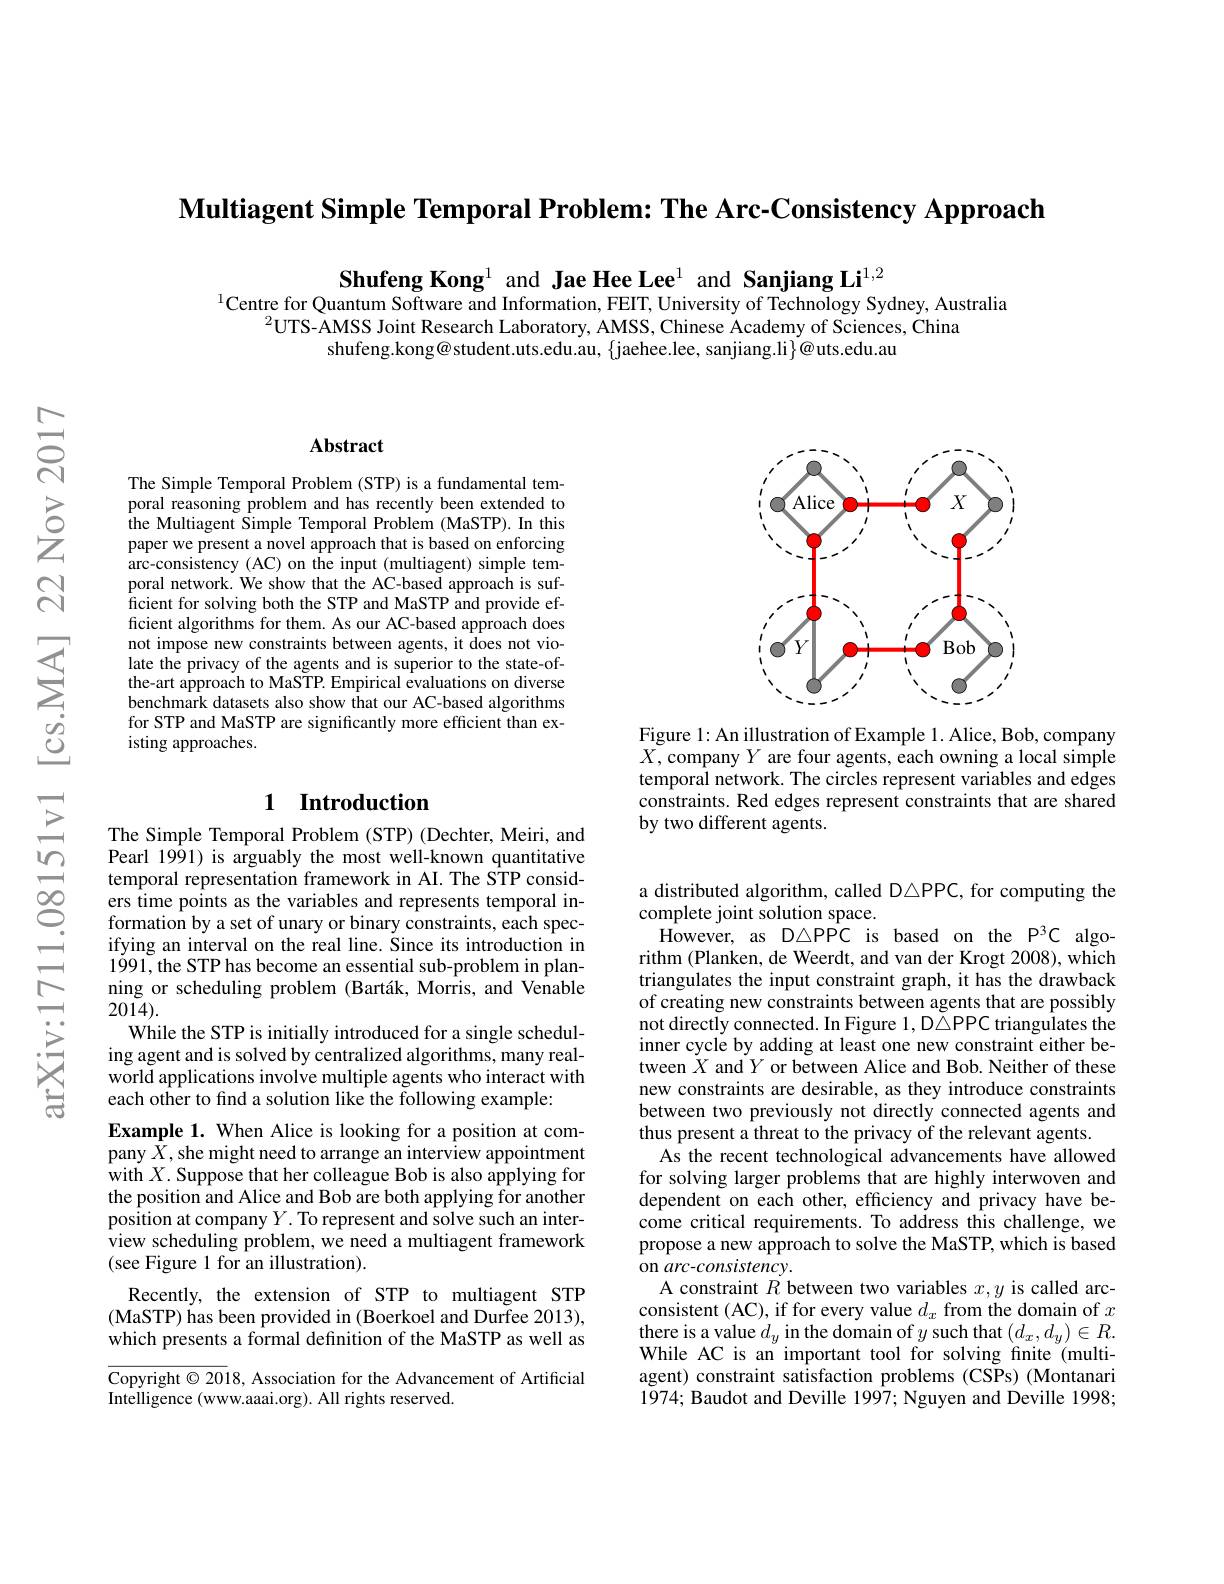
$\textbf{Multiagent Simple Temporal Problem: The Arc- Consistency Approach}$

Shufeng Kong$^{1}$ and Jae Hee Lee$^{1}$ and Sanjiang Li$^{1,2}$
$^{1}$Centre for Quantum Software and Information, FEIT, University of Technology Sydney, Australia
$^{2}$UTS-AMSS Joint Research Laboratory, AMSS, Chinese Academy of Sciences, China
shufeng.kong@ student.uts.edu.au, $\{$jaehee.lee, sanjiang.li$\}@$uts.edu.au

### $\mathbf{Abstract}$

The Simple Temporal Problem (STP) is a fundamental temporal reasoning problem and has recently been extended to the Multiagent Simple Temporal Problem (MaSTP). In this paper we present a novel approach that is based on enforcing arc-consistency (AC) on the input (multiagent) simple temporal network. We show that the AC-based approach is sufficient for solving both the STP and MaSTP and provide ef- ficient algorithms for them. As our AC-based approach does not impose new constraints between agents, it does not violate the privacy of the agents and is superior to the state-ofthe-art approach to MaSTP. Empirical evaluations on diverse benchmark datasets also show that our AC-based algorithms for STP and MaSTP are significantly more efficient than existing approaches.

## 1 Introduction

The Simple Temporal Problem (STP) (Dechter, Meiri, and Pearl 1991) is arguably the most well-known quantitative temporal representation framework in AI. The STP considers time points as the variables and represents temporal information by a set of unary or binary constraints, each specifying an interval on the real line. Since its introduction in 1991, the STP has become an essential sub-problem in planning or scheduling problem (Barták, Morris, and Venable $20\tilde{14}).$
While the STP is initially introduced for a single scheduling agent and is solved by centralized algorithms, many realworld applications involve multiple agents who interact with each other to find a solution like the following example:
Example 1. When Alice is looking for a position at company $X$,she might need to arrange an interview appointment with $X.$ Suppose that her colleague Bob is also applying for the position and Alice and Bob are both applying for another position at company $Y.$ To represent and solve such an inter- $\hat{\text{view scheduling problem, we need a multiagent framework}}$ (see Figure 1 for an illustration).
Recently, the extension of STP to multiagent STP (MaSTP) has been provided in (Boerkoel and Durfee 2013), which presents a formal definition of the MaSTP as well as

$\overline{{\mathrm{Copyright©2018,~Association~for~the~Advancement~of~Artificial}}}$
Intelligence (www.aaai.org). All rights reserved.

<FigureHere>

Figure 1: An illustration of Example 1. Alice, Bob, company $X$,company $Y$ are four agents, each owning a local simple temporal network. The circles represent variables and edges constraints. Red edges represent constraints that are shared by two different agents.

a distributed algorithm, called D$\triangle$PPC, for computing the
complete joint solution space.
However, as D△PPC is based on the P3C algorithm (Planken, de Weerdt, and van der Krogt 2008), which triangulates the input constraint graph, it has the drawback of creating new constraints between agents that are possibly not directly connected. In Figure 1, D△PPC triangulates the inner cycle by adding at least one new constraint either between $\dot{X}$ and $Y$ or between Alice and Bob. Neither of these new constraints are desirable, as they introduce constraints between two previously not directly connected agents and thus present a threat to the privacy of the relevant agents.
As the recent technological advancements have allowed for solving larger problems that are highly interwoven and dependent on each other, efficiency and privacy have become critical requirements. To address this challenge, we propose a new approach to solve the MaSTP, which is based on arc-consistency.
A constraint $R$ between two variables $x,y$ is called arcconsistent (AC), if for every value $d_x$ from the domain of $x$ there is a value $d_y$ in the domain of $y$ such that $(d_x,d_y)\in R.$ While AC is an important tool for solving fnite (multiagent) constraint satisfaction problems (CSPs) (Montanari 1974; Baudot and Deville 1997; Nguyen and Deville 1998;